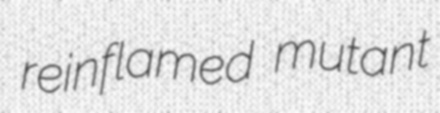
reinflamed mutant